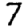
Digit: 7